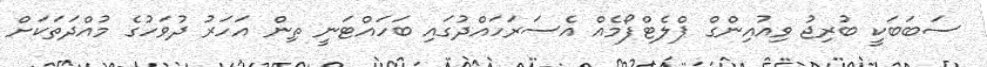
ސަބަބަކީ ބުރިޖު ވިއުއިންގް ޕްލެޓްފޯމެއް އެސަރަހައްދުގައި ބަހައްޓަނީ ތިން އަހަރު ދުވަހުގެ މުއްދަތަކަށް